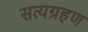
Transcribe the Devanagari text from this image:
सत्यग्रहण